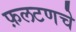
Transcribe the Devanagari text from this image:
फ़लटणचे